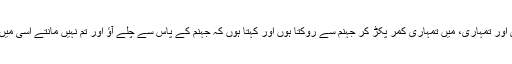
یہ مثال ہے میری اور تمہاری، میں تمہاری کمر پکڑ کر جہنم سے روکتا ہوں اور کہتا ہوں کہ جہنم کے پاس سے چلے آؤ اور تم نہیں مانتے اسی میں گھسے جاتے ہو۔